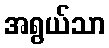
အရွယ်သာ